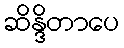
ဆိန္ဒိတာပေ